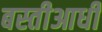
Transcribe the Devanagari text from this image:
बस्तीआधी